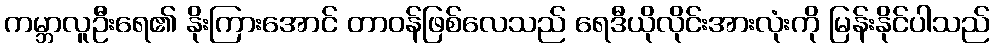
ကမ္ဘာလူဦးရေ၏ နိုးကြားအောင် တာဝန်ဖြစ်လေသည် ရေဒီယိုလိုင်းအားလုံးကို မြန်းနိုင်ပါသည်